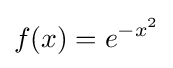
f(x)=e^{-x^{2}}